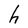
Character: h